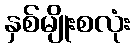
နှစ်မျိုးစလုံး